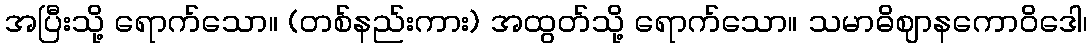
အပြီးသို့ ရောက်သော။ (တစ်နည်းကား) အထွတ်သို့ ရောက်သော။ သမာဓိဈာနကောဝိဒေါ၊